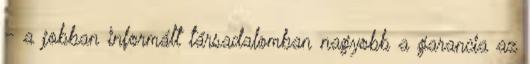
- a jobban informált társadalomban nagyobb a garancia az